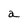
Character: a